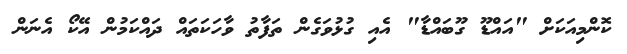
ކޮންމިއަކަށް "އައްޑޫ ގޫބައްޑާ" އެއި ގުޅުވަގެން ތަފާތު ވާހަކަތައް ދައްކަމުން އޭކޯ އެނަން